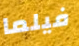
فيلما